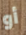
أو